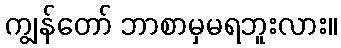
ကျွန်တော် ဘာစာမှမရဘူးလား။